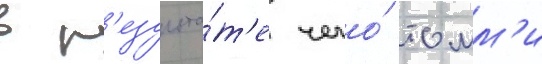
в р'езульта́т'е чего́ томм'и